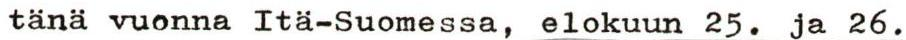
tänä vuonna Itä-Suomessa, elokuun 25. ja 26.